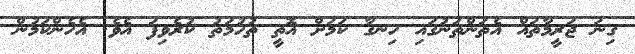
ގިނަ ޖަރީމާތައް އެތަންތަނުގައި ހިނގާ ކަމަށް އޮތީ ތުހުމަތު ކުރެވިފަ އެވެ. އެހެންކަމުން